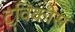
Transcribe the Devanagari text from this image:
ट्विंकीस